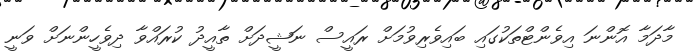
މާދަމާ އޮންނަ އިވެންޓްތަކުގައި ބައިވެރިވުމަށް ރައީސް ނަޝީދަށް ތާއީދު ކުރައްވާ ދިވެހީންނަށް ވަނީ